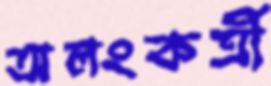
অলংকর্ত্রী